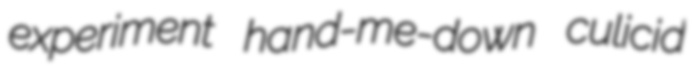
experiment hand-me-down culicid